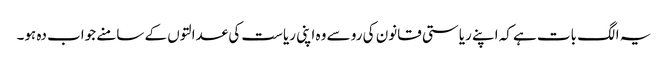
یہ الگ بات ہے کہ اپنے ریاستی قانون کی رو سے وہ اپنی ریاست کی عدالتوں کے سامنے جواب دہ ہو۔